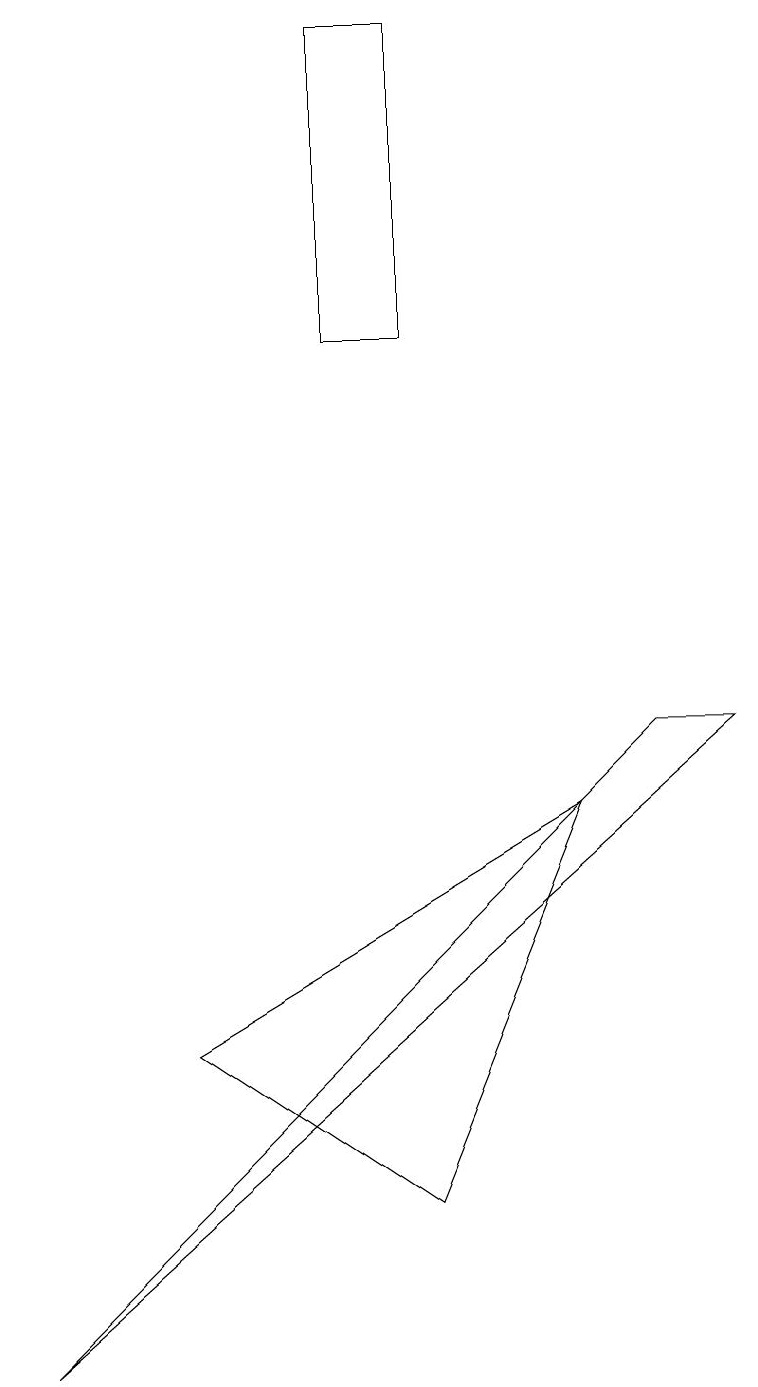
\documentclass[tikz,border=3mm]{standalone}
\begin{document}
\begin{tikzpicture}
\draw (5,18) rectangle (4,14);
\draw (0,1) -- (8,9) -- (9,9) -- cycle;
\draw (7,8) -- (5,3) -- (2,5) -- cycle;
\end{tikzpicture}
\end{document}